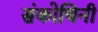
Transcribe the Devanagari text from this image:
संकोचिनी